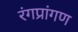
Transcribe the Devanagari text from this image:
रंगप्रांगण